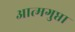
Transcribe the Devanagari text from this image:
आत्मगुप्ता